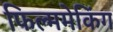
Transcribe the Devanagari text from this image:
फिल्ममेकिंग